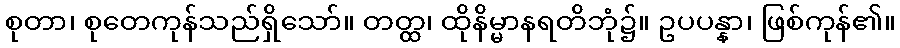
စုတာ၊ စုတေကုန်သည်ရှိသော်။ တတ္ထ၊ ထိုနိမ္မာနရတိဘုံ၌။ ဥပပန္နာ၊ ဖြစ်ကုန်၏။